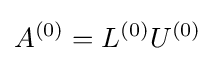
A^{(0)}=L^{(0)}U^{(0)}